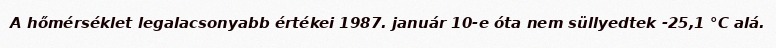
A hőmérséklet legalacsonyabb értékei 1987. január 10-e óta nem süllyedtek -25,1 °C alá.